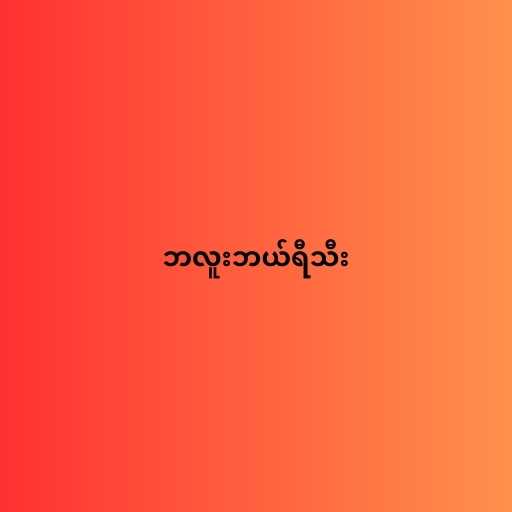
ဘလူးဘယ်ရီသီး